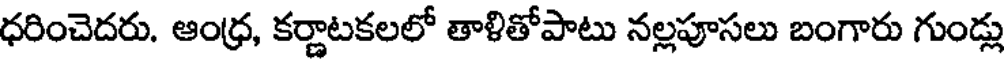
ధరించెదరు. ఆంధ్ర, కర్ణాటకలలో తాళితోపాటు నల్లపూసలు బంగారు గుండ్లు